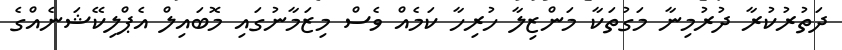
ދަތުރުކުރާ ދުރުމިނާ މަގުތަކާ މަންޒިލާ ހުރިހާ ކަމެއް ވެސް މިޒަމާނުގައި މޮބައިލް އެޕްލިކޭޝަނެއްގެ